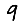
Digit: 9